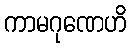
ကာမဂုဏေဟိ